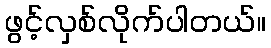
ဖွင့်လှစ်လိုက်ပါတယ်။